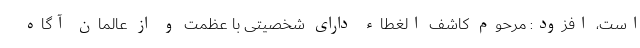
است، افزود: مرحوم کاشف الغطاء دارای شخصیتی با عظمت و از عالمان آگاه